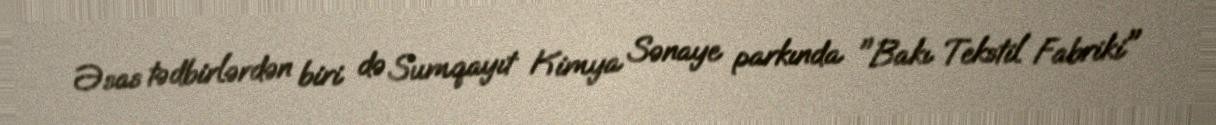
Əsas tədbirlərdən biri də Sumqayıt Kimya Sənaye parkında "Bakı Tekstil Fabriki"